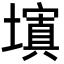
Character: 𡒆